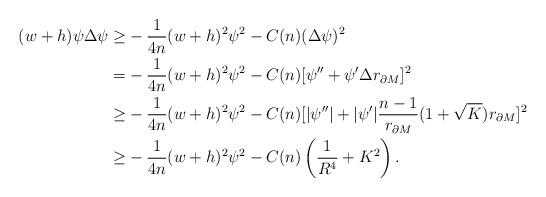
LaTeX: \begin{align*}(w+h)\psi\Delta\psi\geq&-\frac{1}{4n}(w+h)^2\psi^2-C(n)(\Delta\psi)^2\\=&-\frac{1}{4n}(w+h)^2\psi^2-C(n)[\psi''+\psi'\Delta r_{\partial M}]^2\\\geq&-\frac{1}{4n}(w+h)^2\psi^2-C(n)[|\psi''|+|\psi'|\frac{n-1}{r_{\partial M}}(1+\sqrt{K})r_{\partial M}]^2\\\geq&-\frac{1}{4n}(w+h)^2\psi^2-C(n)\left(\frac{1}{R^4}+K^2\right).\end{align*}